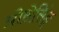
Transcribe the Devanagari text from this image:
प्रोसेसिंङ्